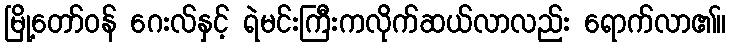
မြို့တော်ဝန် ဂေးလ်နှင့် ရဲမင်းကြီးကလိုက်ဆယ်လာလည်း ရောက်လာ၏။